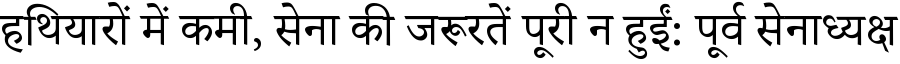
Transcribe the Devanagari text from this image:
हथियारों में कमी, सेना की जरूरतें पूरी न हुईं: पूर्व सेनाध्यक्ष